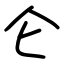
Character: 仑